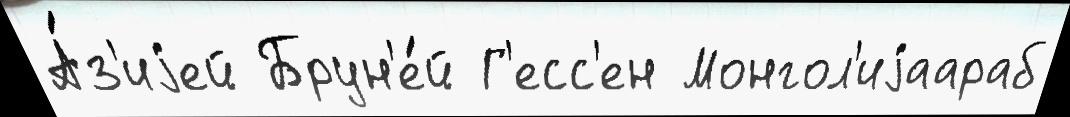
А́з'иjей Брун'е́й Г'есс'ен Монгол'иjаараб